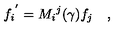
{ f _ { i } } ^ { ' } = { M _ { i } } ^ { j } ( \gamma ) f _ { j } \quad ,